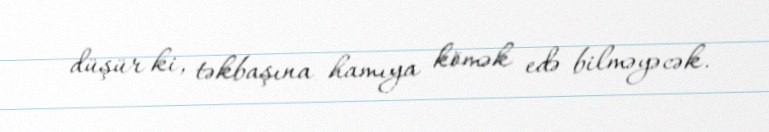
düşür ki, təkbaşına hamıya kömək edə bilməyəcək.